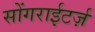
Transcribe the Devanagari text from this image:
सोंगराईटर्ज़